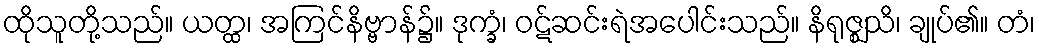
ထိုသူတို့သည်။ ယတ္ထ၊ အကြင်နိဗ္ဗာန်၌။ ဒုက္ခံ၊ ဝဋ်ဆင်းရဲအပေါင်းသည်။ နိရုဇ္ဈသိ၊ ချုပ်၏။ တံ၊